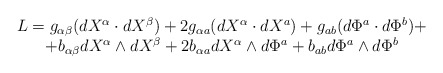
\begin{align*}\begin{array}{c}L=g_{\alpha\beta}(dX^{\alpha}\cdot dX^{\beta})+2g_{\alpha a}(dX^{\alpha}\cdot dX^a)+g_{ab}(d\Phi^a \cdot d\Phi^b)+\\+b_{\alpha\beta}dX^{\alpha}\wedge dX^{\beta}+2b_{\alpha a}dX^{\alpha} \wedge d\Phi^a + b_{ab} d\Phi^a\wedge d\Phi^b\end{array}\end{align*}